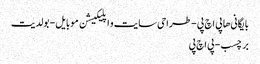
بایگانی‌ها پی اچ پی - طراحی سایت و اپلیکیشن موبایل - بولدیت
برچسب - پی اچ پی